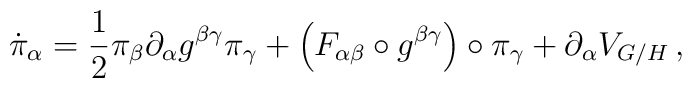
\dot{\pi}_{\alpha}=\frac{1}{2}\pi_{\beta} \partial_{\alpha} g^{\beta\gamma} \pi_{\gamma}+\left( F_{\alpha\beta}\circ g^{\beta\gamma} \right) \circ \pi_{\gamma}+\partial_{\alpha} V_{G/H}\,,